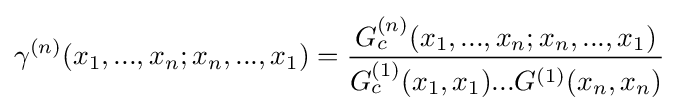
\gamma ^{(n)}(x_{1},...,x_{n};x_{n},...,x_{1})={\frac {G_{c}^{(n)}(x_{1},...,x_{n};x_{n},...,x_{1})}{G_{c}^{(1)}(x_{1},x_{1})...G^{(1)}(x_{n},x_{n})}}